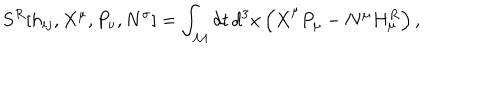
{ } S ^ { R } [ h _ { i j } , X ^ { \mu } , P _ { \nu } , N ^ { \sigma } ] = \int _ { \cal M } d t \, d ^ { 3 } x \left( \dot { X } ^ { \mu } P _ { \mu } - N ^ { \mu } H _ { \mu } ^ { R } \right) ,